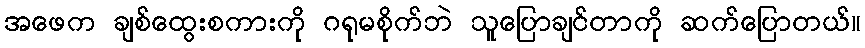
အဖေက ချစ်ထွေးစကားကို ဂရုမစိုက်ဘဲ သူပြောချင်တာကို ဆက်ပြောတယ်။